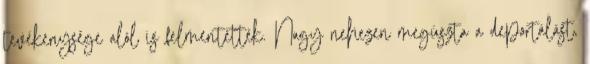
tevékenysége alól is felmentették. Nagy nehezen megúszta a deportálást,